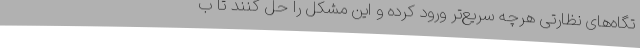
تگاه‌های نظارتی هرچه سریع‌تر ورود کرده و این مشکل را حل کنند تا ب